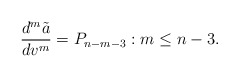
\begin{align*} \frac{d^m\tilde{a}}{dv^m}=P_{n-m-3}:m\leq n-3.\end{align*}